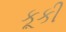
કૂકી